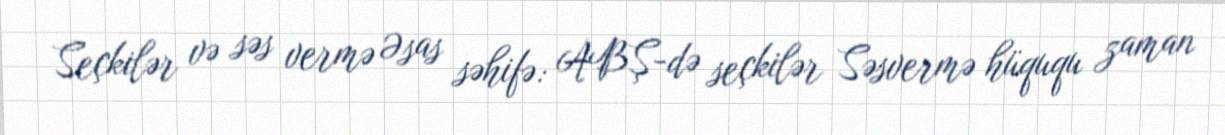
Seçkilər və səs vermə Əsas səhifə: ABŞ-də seçkilər Səsvermə hüququ zaman